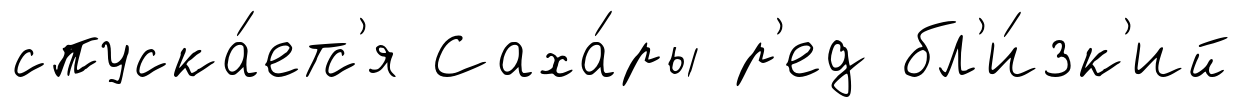
спуска́етс'я Саха́ры р'ед бл'и́зк'ий